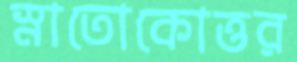
স্নাতোকোত্তর